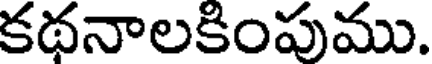
కథనాలకింపుము.